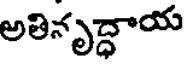
అతినృద్ధాయ